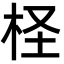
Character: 柽